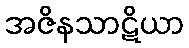
အဇိနသာဋိယာ